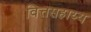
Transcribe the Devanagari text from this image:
वित्तसहाय्य